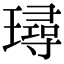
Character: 璕